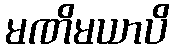
မဏိမယာပိ